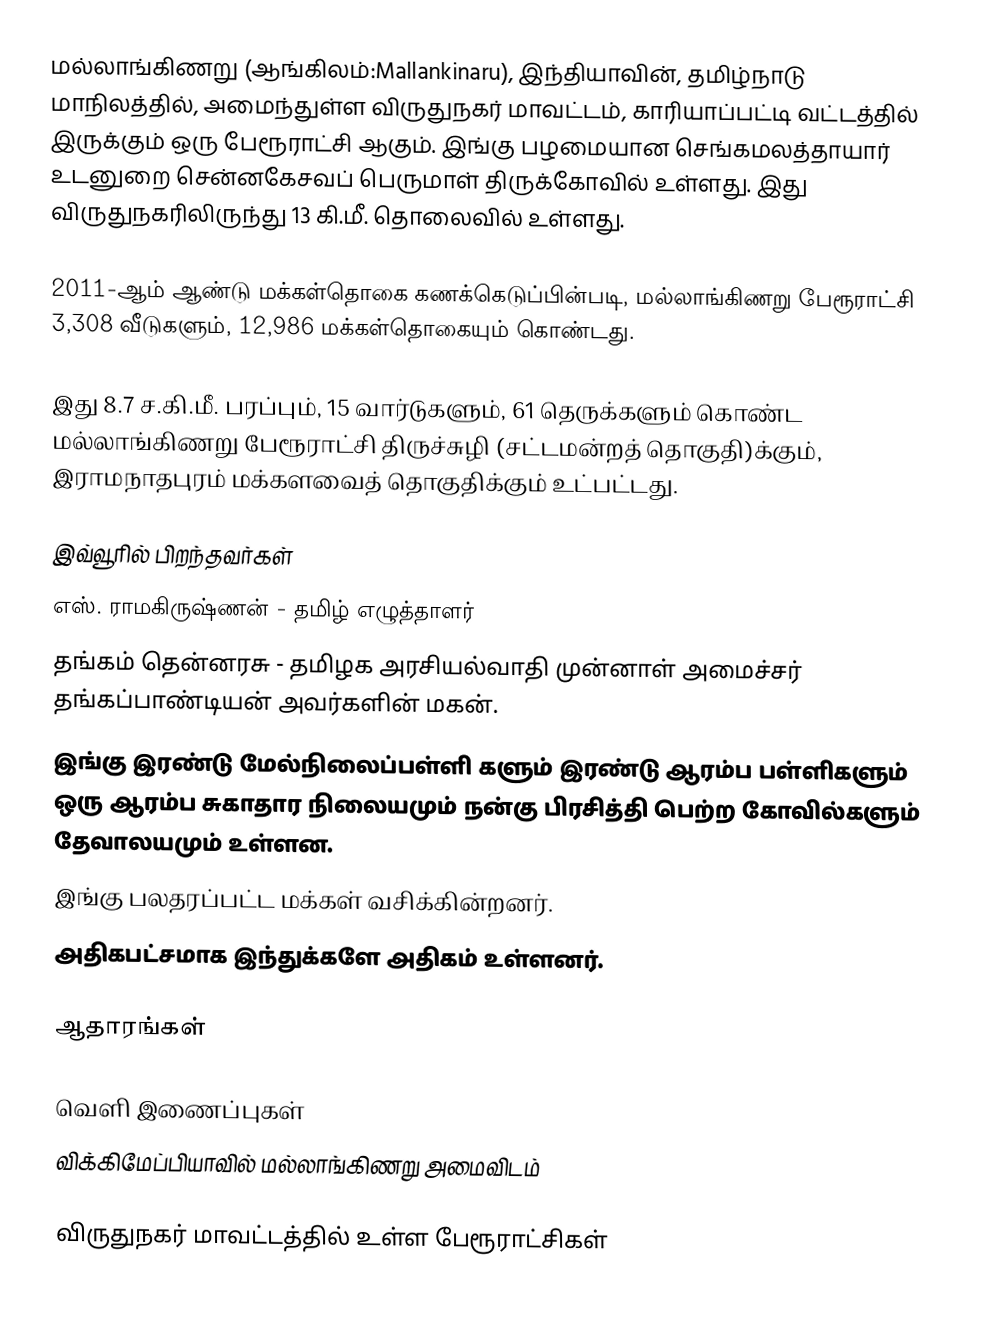
மல்லாங்கிணறு (ஆங்கிலம்:Mallankinaru), இந்தியாவின், தமிழ்நாடு மாநிலத்தில், அமைந்துள்ள விருதுநகர் மாவட்டம்,  காரியாப்பட்டி வட்டத்தில் இருக்கும் ஒரு பேரூராட்சி ஆகும். இங்கு பழமையான செங்கமலத்தாயார் உடனுறை சென்னகேசவப் பெருமாள் திருக்கோவில் உள்ளது. இது விருதுநகரிலிருந்து 13 கி.மீ. தொலைவில் உள்ளது.

2011-ஆம் ஆண்டு மக்கள்தொகை கணக்கெடுப்பின்படி, மல்லாங்கிணறு பேரூராட்சி 3,308 வீடுகளும், 12,986 மக்கள்தொகையும் கொண்டது.

இது 8.7 ச.கி.மீ. பரப்பும்,  15 வார்டுகளும், 61 தெருக்களும் கொண்ட மல்லாங்கிணறு  பேரூராட்சி திருச்சுழி (சட்டமன்றத் தொகுதி)க்கும், இராமநாதபுரம் மக்களவைத் தொகுதிக்கும் உட்பட்டது.

இவ்வூரில் பிறந்தவர்கள்
 எஸ். ராமகிருஷ்ணன் - தமிழ் எழுத்தாளர்
 தங்கம் தென்னரசு - தமிழக அரசியல்வாதி முன்னாள் அமைச்சர் தங்கப்பாண்டியன் அவர்களின் மகன்.
 இங்கு இரண்டு மேல்நிலைப்பள்ளி களும் இரண்டு ஆரம்ப பள்ளிகளும் ஒரு ஆரம்ப சுகாதார நிலையமும் நன்கு பிரசித்தி பெற்ற கோவில்களும் தேவாலயமும் உள்ளன.
 இங்கு பலதரப்பட்ட மக்கள் வசிக்கின்றனர்.
 அதிகபட்சமாக இந்துக்களே அதிகம் உள்ளனர்.

ஆதாரங்கள்

வெளி இணைப்புகள்
 விக்கிமேப்பியாவில் மல்லாங்கிணறு அமைவிடம்

விருதுநகர் மாவட்டத்தில் உள்ள பேரூராட்சிகள்